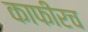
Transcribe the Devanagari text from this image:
काफीरच